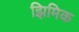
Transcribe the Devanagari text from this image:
झिमिक